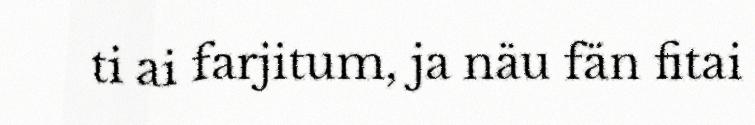
ti ai farjitum, ja näu fän fitai